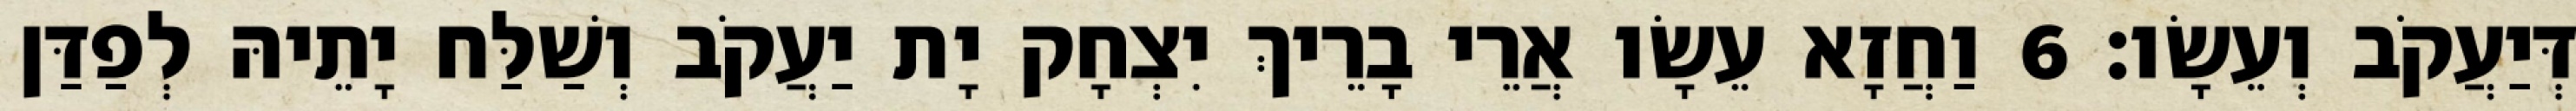
דְּיַעֲקֹב וְעֵשָׂו׃ 6 וַחֲזָא עֵשָׂו אֲרֵי בָרֵיךְ יִצְחָק יָת יַעֲקֹב וְשַׁלַּח יָתֵיהּ לְפַדַּן